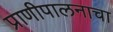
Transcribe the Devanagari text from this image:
प्राणीपालनाचा